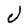
Character: J